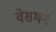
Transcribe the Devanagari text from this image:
वेसमन